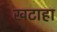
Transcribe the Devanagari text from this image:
खटाहा